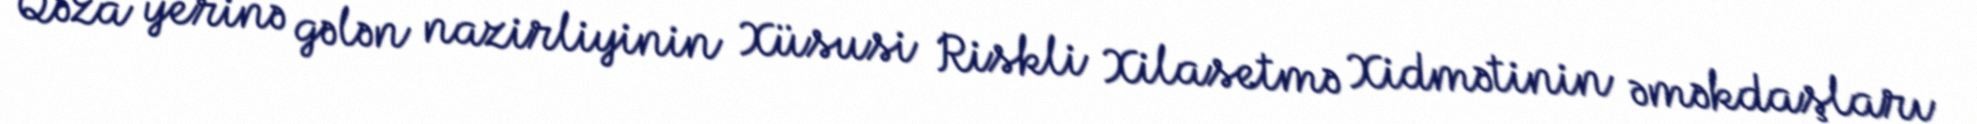
Qəza yerinə gələn nazirliyinin Xüsusi Riskli Xilasetmə Xidmətinin əməkdaşları